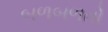
બળબળતો